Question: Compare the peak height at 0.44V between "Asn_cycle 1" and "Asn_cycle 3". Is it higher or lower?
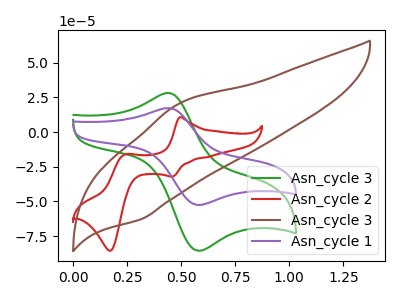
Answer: <think>The green curve "Asn_cycle 3" has an anodic peak at (0.45V, 28.20uA) and a cathodic peak at (0.60V, -85.45uA). The red curve "Asn_cycle 2" has anodic peaks at (0.50V, 10.75uA) (0.25V, -16.10uA) and cathodic peaks at (0.45V, -32.05uA) (0.15V, -85.45uA). The brown curve "Asn_cycle 3" has an anodic peak at (0.50V, 20.75uA) and a cathodic peak at (0.30V, -62.65uA). The purple curve "Asn_cycle 1" has an anodic peak at (0.45V, 17.30uA) and a cathodic peak at (0.60V, -52.45uA).</think>
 <answer>The peak at 0.44V is lower in "Asn_cycle 1" than in "Asn_cycle 3".</answer>
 <eval>lower</eval>